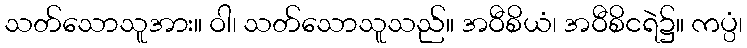
သတ်သောသူအား။ ဝါ၊ သတ်သောသူသည်။ အဝီစိယံ၊ အဝီစိငရဲ၌။ ကပ္ပံ၊